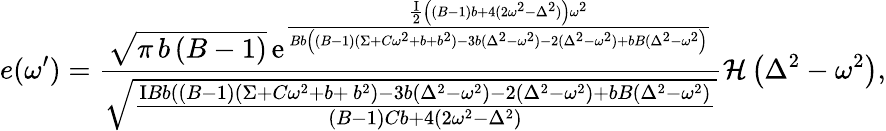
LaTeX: e(\omega^{\prime})=\frac{\sqrt{\pi\, b\left(B-1\right)}\, {\mathrm e}^{\frac{\frac{\mathrm{I}}{2}\left((B-1)b+4(2\omega^{2}-\Delta^{2})\right)\omega^{2}}{Bb\left((B-1)(\Sigma+C\omega^{2}+b+b^{2})-3b(\Delta^{2}-\omega^{2})-2(\Delta^{2}-\omega^{2})+bB(\Delta^{2}-\omega^{2}\right)}}}{\sqrt{\frac{\mathrm{I}Bb\left((B-1)(\Sigma+C\omega^{2}+b+\, b^{2})-3b(\Delta^{2}-\omega^{2})-2(\Delta^{2}-\omega^{2})+bB(\Delta^{2}-\omega^{2}\right)}{(B-1)Cb+4(2\omega^{2}-\Delta^{2})}}}\mathcal{H}\left(\Delta^{2}-\omega^{2}\right),